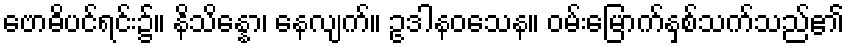
ဗောဓိပင်ရင်း၌။ နိသိန္နော၊ နေလျက်။ ဥဒါနဝသေန။ ဝမ်းမြောက်နှစ်သက်သည်၏